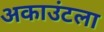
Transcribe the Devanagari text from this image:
अकाउंटला